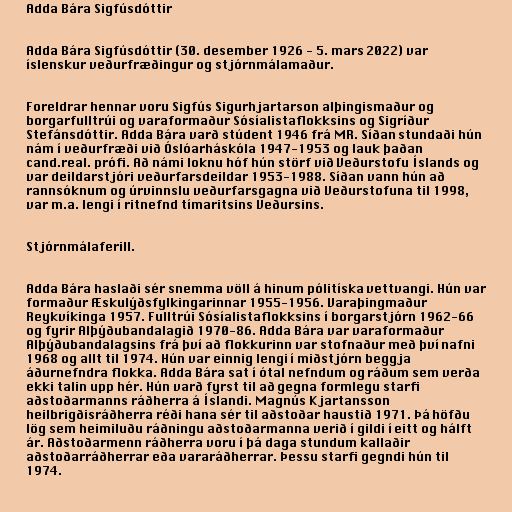
Adda Bára Sigfúsdóttir

Adda Bára Sigfúsdóttir (30. desember 1926 - 5. mars 2022) var
íslenskur veðurfræðingur og stjórnmálamaður.

Foreldrar hennar voru Sigfús Sigurhjartarson alþingismaður og
borgarfulltrúi og varaformaður Sósíalistaflokksins og Sigríður
Stefánsdóttir. Adda Bára varð stúdent 1946 frá MR. Síðan stundaði hún
nám í veðurfræði við Óslóarháskóla 1947-1953 og lauk þaðan
cand.real. prófi. Að námi loknu hóf hún störf við Veðurstofu Íslands og
var deildarstjóri veðurfarsdeildar 1953-1988. Síðan vann hún að
rannsóknum og úrvinnslu veðurfarsgagna við Veðurstofuna til 1998,
var m.a. lengi í ritnefnd tímaritsins Veðursins.

Stjórnmálaferill.

Adda Bára haslaði sér snemma völl á hinum pólitíska vettvangi. Hún var
formaður Æskulýðsfylkingarinnar 1955-1956. Varaþingmaður
Reykvíkinga 1957. Fulltrúi Sósíalistaflokksins í borgarstjórn 1962-66
og fyrir Alþýðubandalagið 1970-86. Adda Bára var varaformaður
Alþýðubandalagsins frá því að flokkurinn var stofnaður með því nafni
1968 og allt til 1974. Hún var einnig lengi í miðstjórn beggja
áðurnefndra flokka. Adda Bára sat í ótal nefndum og ráðum sem verða
ekki talin upp hér. Hún varð fyrst til að gegna formlegu starfi
aðstoðarmanns ráðherra á Íslandi. Magnús Kjartansson
heilbrigðisráðherra réði hana sér til aðstoðar haustið 1971. Þá höfðu
lög sem heimiluðu ráðningu aðstoðarmanna verið í gildi í eitt og hálft
ár. Aðstoðarmenn ráðherra voru í þá daga stundum kallaðir
aðstoðarráðherrar eða vararáðherrar. Þessu starfi gegndi hún til
1974.